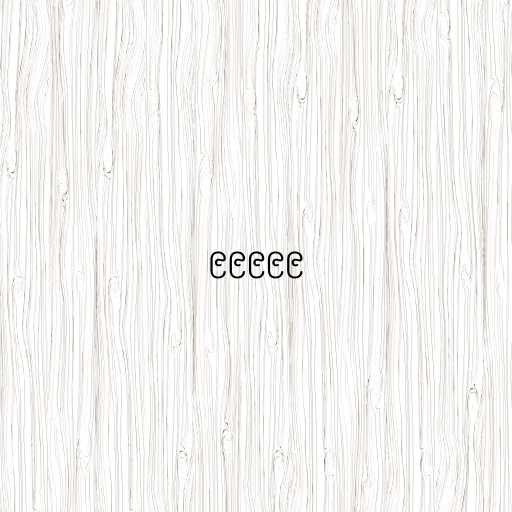
၉၉၉၉၉